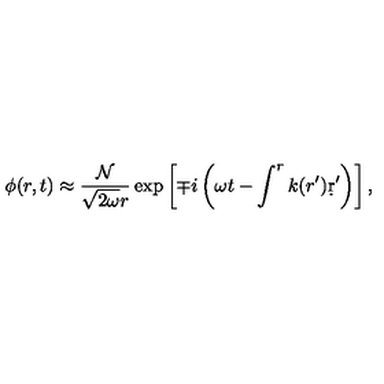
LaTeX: \phi ( r , t ) \approx { \frac { \cal N } { \sqrt { 2 \omega } r } } \exp \left[ \mp i \left( \omega t - \int ^ { r } k ( r ^ { \prime } ) \d r ^ { \prime } \right) \right] ,